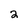
Character: 2